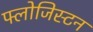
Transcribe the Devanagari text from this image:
फ्लोजिस्टन